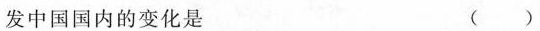
发中国国内的变化是 ()